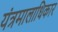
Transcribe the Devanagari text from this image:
यंत्रमालाधिकार